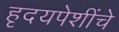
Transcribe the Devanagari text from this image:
हृदयपेशींचे